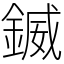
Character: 𨩆